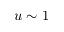
u \sim 1